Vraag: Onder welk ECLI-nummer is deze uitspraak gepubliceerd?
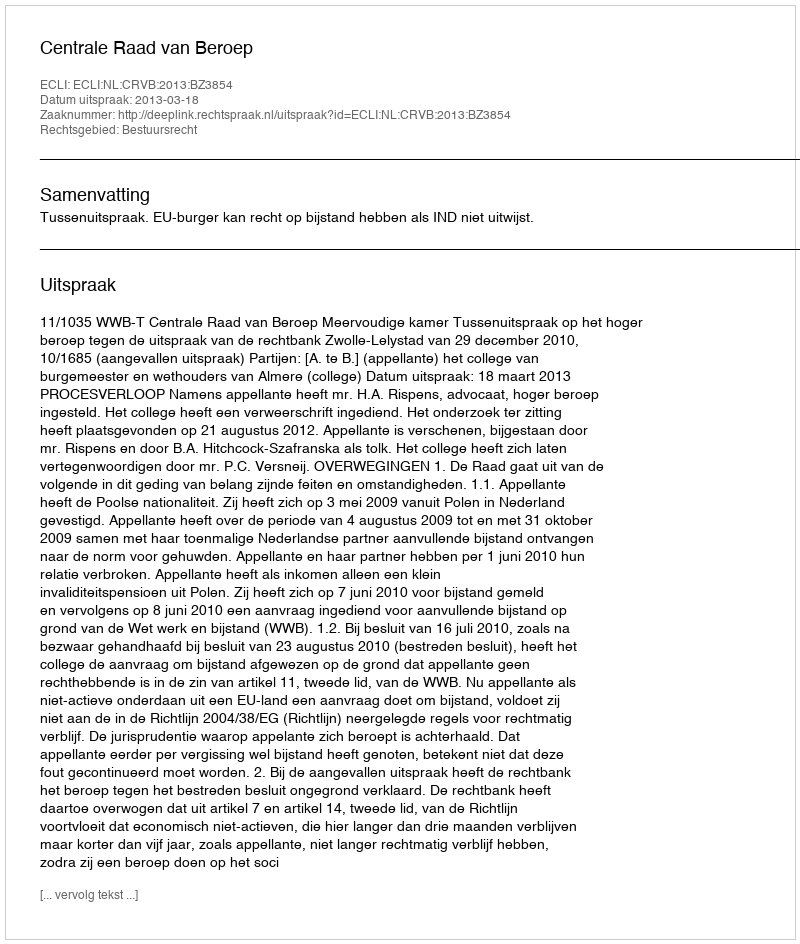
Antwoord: ECLI:NL:CRVB:2013:BZ3854